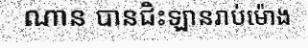
ណាន បានជិះឡានរាប់ម៉ោង